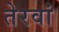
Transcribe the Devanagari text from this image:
तेरवां